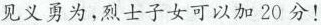
见义勇为，烈士子女可以加20分！